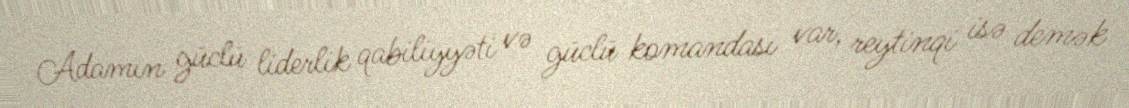
Adamın güclü liderlik qabiliyyəti və güclü komandası var, reytinqi isə demək